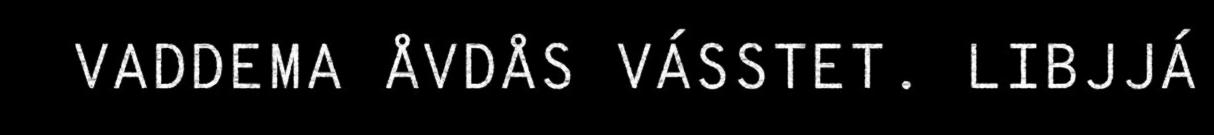
VADDEMA ÅVDÅS VÁSSTET. LIBJJÁ